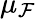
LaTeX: \mu_{\mathcal{F}}